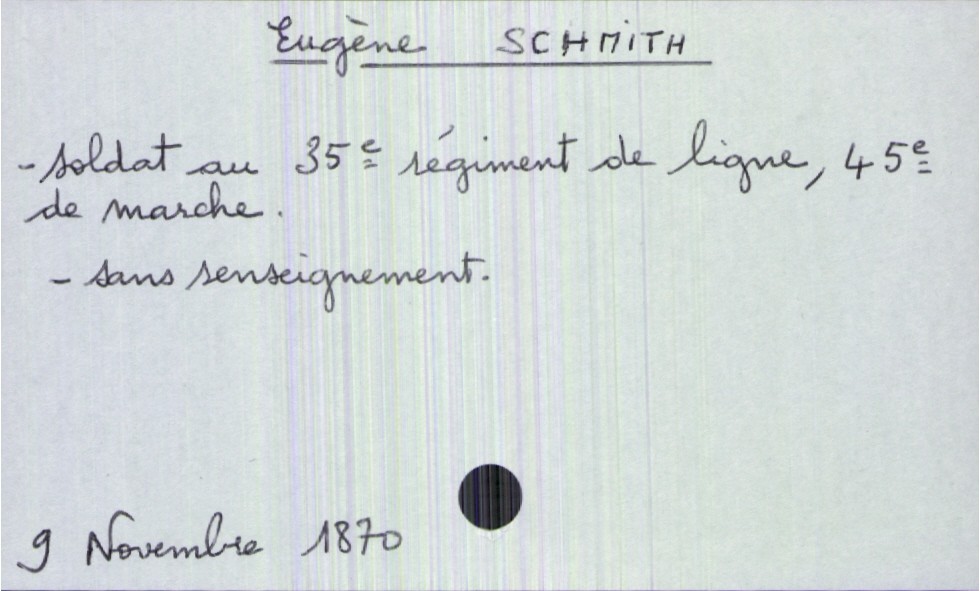
type_acte: Décès
année: 1870
mois: novembre
jour: 9
défunt_nom: Schmith
défunt_prénom: Eugène
défunt_sexe: H
défunt_profession: soldat au 35e régiment de ligne, 45e de marche